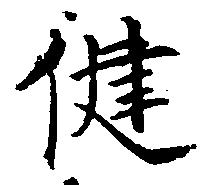
健